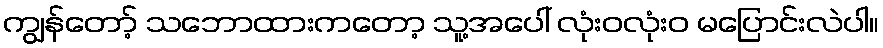
ကျွန်တော့် သဘောထားကတော့ သူ့အပေါ် လုံးဝလုံးဝ မပြောင်းလဲပါ။